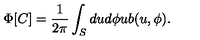
\Phi [ C ] = \frac { 1 } { 2 \pi } \int _ { S } d u d \phi u b ( u , \phi ) .